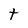
Character: t